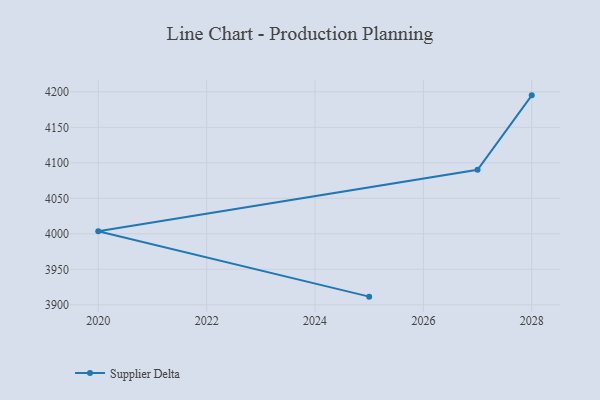
{"axis": {"x": "Year", "y": "Page Views"}, "legend": ["Supplier Delta"], "data": [{"x": "2025", "y": 3911.5, "type": "Supplier Delta"}, {"x": "2020", "y": 4003.5, "type": "Supplier Delta"}, {"x": "2027", "y": 4090.1, "type": "Supplier Delta"}, {"x": "2028", "y": 4195.0, "type": "Supplier Delta"}]}